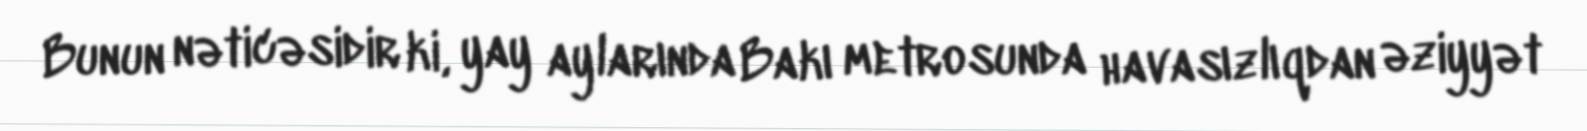
Bunun nəticəsidir ki, yay aylarında Bakı metrosunda havasızlıqdan əziyyət